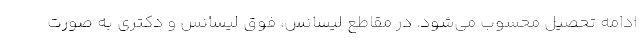
ادامه تحصیل محسوب می‌شود. در مقاطع لیسانس، فوق لیسانس و دکتری به صورت